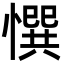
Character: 㦏